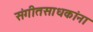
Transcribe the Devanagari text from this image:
संगीतसाधकांना